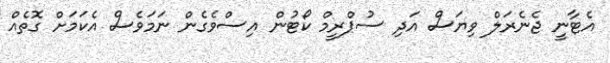
އެޓާނީ ޖެނެރަލް ވިޔަސް އަދި ސުޕްރީމް ކޯޓުން އިސްވެގެން ނަމަވެސް އެކަމަށް ގޮތެއް